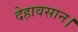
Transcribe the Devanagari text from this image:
देहावसान।